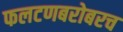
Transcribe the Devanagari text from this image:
फलटणबरोबरच